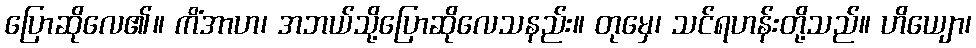
ပြောဆိုလေ၏။ ကိံအာဟ၊ အဘယ်သို့ပြောဆိုလေသနည်း။ တုမှေ၊ သင်ရဟန်းတို့သည်။ ဟိယျော၊